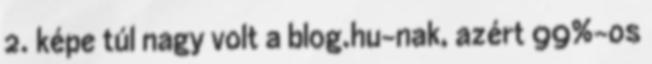
2. képe túl nagy volt a blog.hu-nak, azért 99%-os